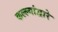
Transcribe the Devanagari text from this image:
कल्ल्यांद्वारे